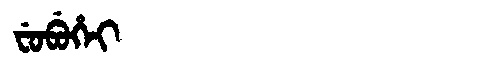
Manchu: ᠸᡠᠪᡠᡥᡝᡳ
Romanization: FUBUHEI